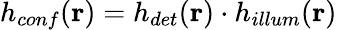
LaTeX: h_{conf}(\textbf{r})=h_{det}(\textbf{r})\cdot h_{illum}(\textbf{r})